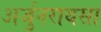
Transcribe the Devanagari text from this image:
अर्जुनरायसा